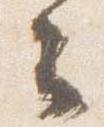
云